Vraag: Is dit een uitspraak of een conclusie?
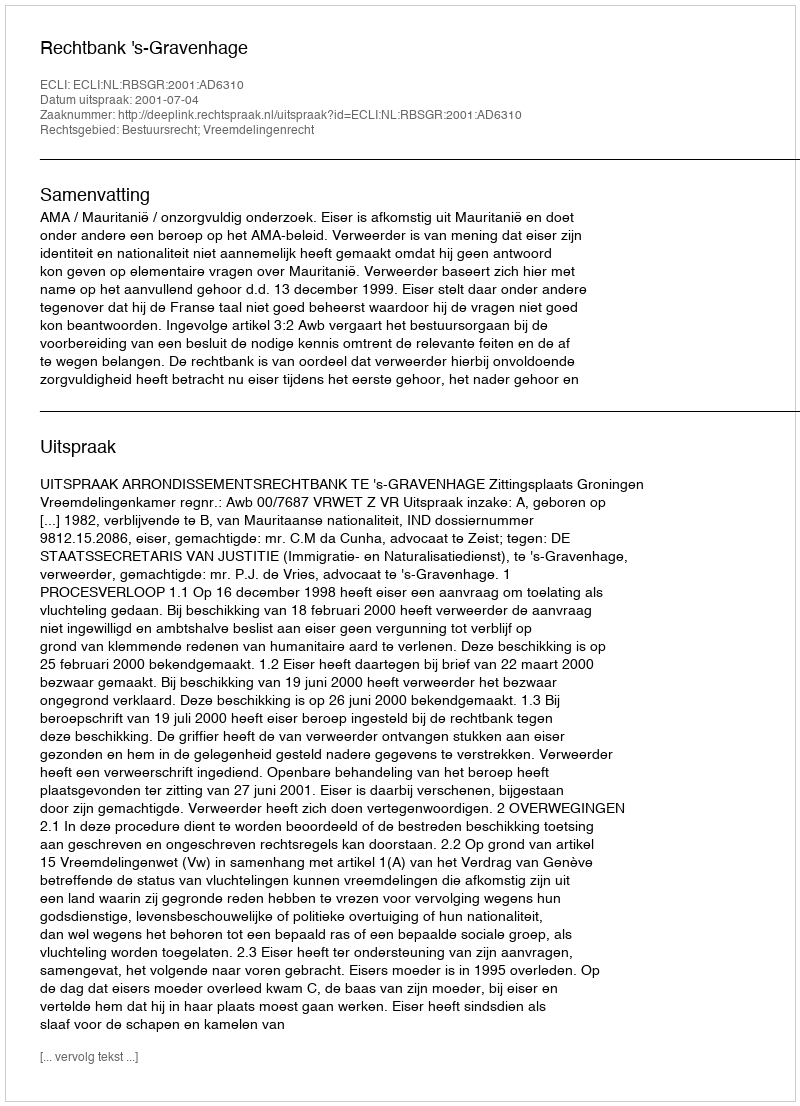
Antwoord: Uitspraak